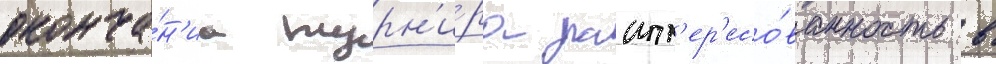
оконча́н'иа турн'и́ра заинт'ер'есо́ванность в